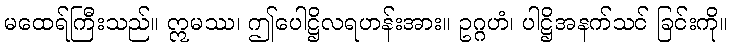
မထေရ်ကြီးသည်။ ဣမဿ၊ ဤပေါဋ္ဌိလရဟန်းအား။ ဥဂ္ဂဟံ၊ ပါဋ္ဌိအနက်သင် ခြင်းကို။